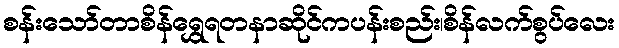
စန်းသော်တာစိန်ရွှေရတနာဆိုင်ကပန်းစည်း၊စိန်လက်စွပ်လေး